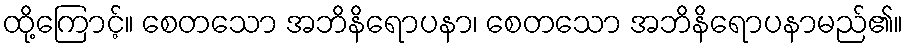
ထို့ကြောင့်။ စေတသော အဘိနိရောပနာ၊ စေတသော အဘိနိရောပနာမည်၏။